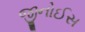
જીનોઈસ